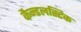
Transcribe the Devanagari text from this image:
कैन्डलस्टिक